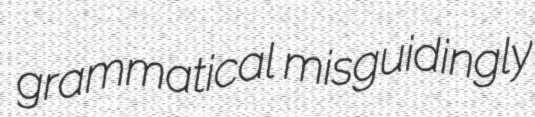
grammatical misguidingly